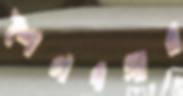
শৈলবগার